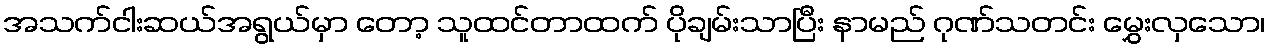
အသက်ငါးဆယ်အရွယ်မှာ တော့ သူထင်တာထက် ပိုချမ်းသာပြီး နာမည် ဂုဏ်သတင်း မွှေးလှသော၊